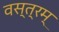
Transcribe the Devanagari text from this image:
वस्त्रम्‌